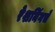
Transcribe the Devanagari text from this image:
रेशनिंगचे